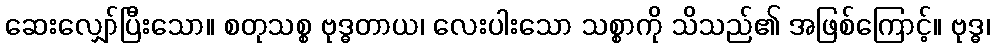
ဆေးလျှော်ပြီးသော။ စတုသစ္စ ဗုဒ္ဓတာယ၊ လေးပါးသော သစ္စာကို သိသည်၏ အဖြစ်ကြောင့်။ ဗုဒ္ဓ၊